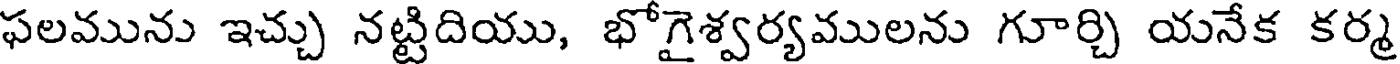
ఫలమును ఇచ్చు నట్టిదియు, భోగైశ్వర్యములను గూర్చి యనేక కర్మ